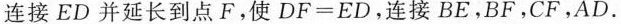
连接ED并延长到点F。使$$DF = ED$$，连接BE，BF，CF，AD。